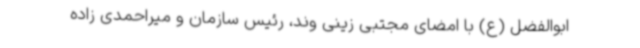
ابوالفضل (ع) با امضای مجتبی زینی وند، رئیس سازمان و میراحمدی زاده